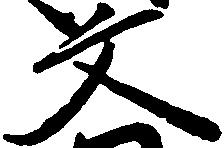
文